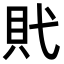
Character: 𧴰